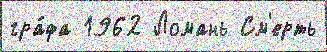
гра́фа 1962 Ломань См'ерть